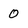
Character: 0